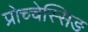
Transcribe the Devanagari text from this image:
प्रोच्चेस्सिङ